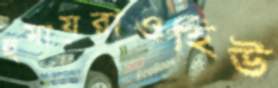
হুমায়রাওহিউ